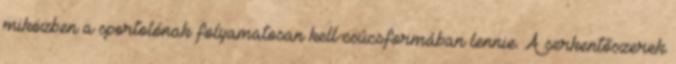
miközben a sportolónak folyamatosan kell csúcsformában lennie. A serkentőszerek